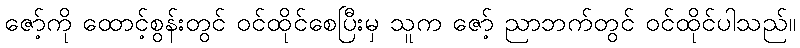
ဇော့်ကို ထောင့်စွန်းတွင် ဝင်ထိုင်စေပြီးမှ သူက ဇော့် ညာဘက်တွင် ဝင်ထိုင်ပါသည်။